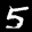
Label: 5